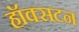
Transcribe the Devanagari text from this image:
हॉक्सटन